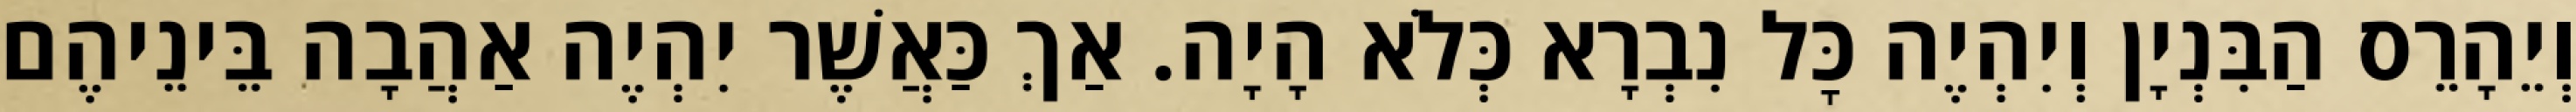
וְיֵהָרֵס הַבִּנְיָן וְיִהְיֶה כׇּל נִבְרָא כְּלֹא הָיָה. אַךְ כַּאֲשֶׁר יִהְיֶה אַהֲבָה בֵּינֵיהֶם